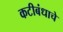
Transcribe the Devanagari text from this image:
कटीबंधाचे